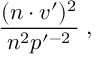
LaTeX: \frac { ( n \cdot v ^ { \prime } ) ^ { 2 } } { n ^ { 2 } p ^ { \prime - 2 } } \; ,